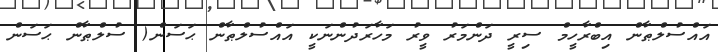
އައްސުލްޠާން އިބްރާހީމް ސިރީ ދަންމަރު ވީރު މަހާރަދުންނަކީ އައްސުލްޠާން ޙަސަން( ސުލްޠާން ޙަސަން